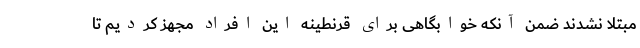
مبتلا نشدند ضمن آنکه خوابگاهی برای قرنطینه این افراد مجهز کردیم تا